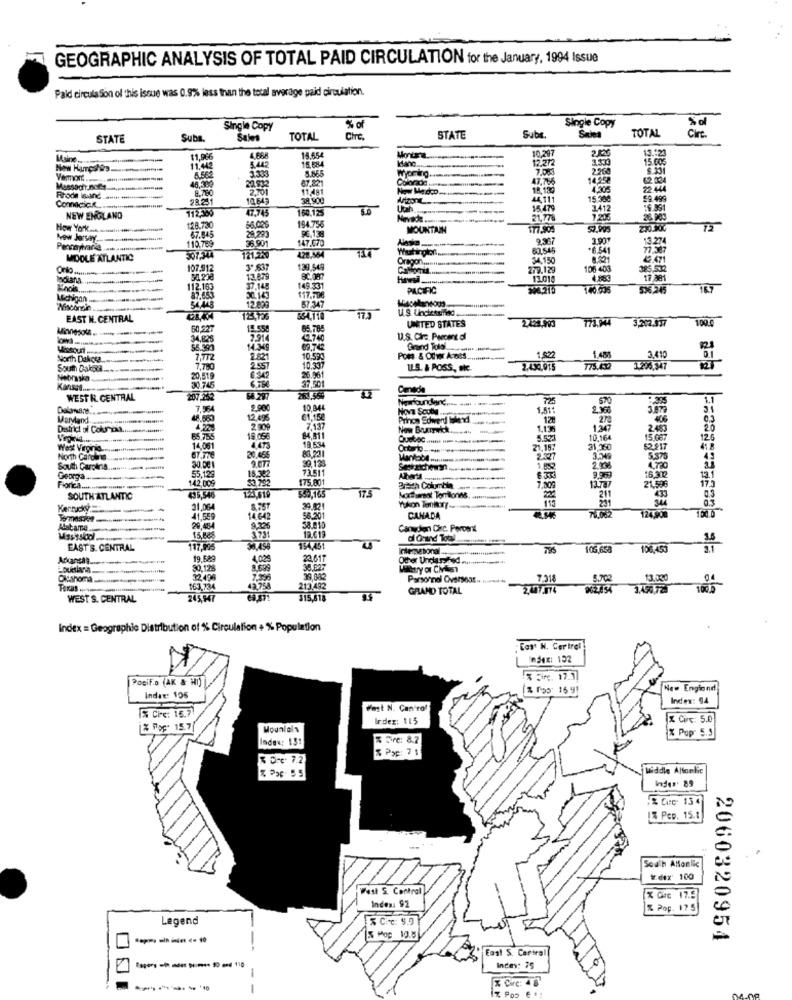
GEOGRAPHIC ANALYSIS OF TOTAL PAID CIRCULATION for the January, 1994 Issue
Paid circulation of this issue was 0.9% less than the total average paid circulation.
Single Copy
Single Copy
TOTAL
Circ
% ol
STATE
Suba.
Sales
TOTAL
Cire.
STATE
Sube.
Sales
10.297
2.420
19:2
Maine .....
-
15.454
12.212
New Heureshis
11.042
3.333
15.684
2.260
15.005
Vermont ...
47.786
14252
230
Massach Boet
8.780
2701
67.221
Now Medsp
18.130
4,305
22 444
28.251
10645
38.900
44 111
15 388
112,350
47,745
15 479
2412
19.891
NEW ENGLAND
150.125
21,778
How York ....
118.730
67.845
66,029
194.756
MOUNTAIN
Now Jarsany
36.901
29,293
147.070
96,138
9.367
3.901
13.274
119.789
63.545
*6 541
MIDDLE ATLANTIC
507,544
121,5220
428.364
34.150
2.471
107.912
3º837
129 549
279.129
106 403
Indiana
13.879
13.018
17,381
112.103
37.148
149 331
PACIFIC
53 245
Michigan
17,50
12.609
82 347
EAST N. CENTRAL
125 7336
554,116
17.
UNITED STATES
2229,993
773,944
3,202.937
109.0
50,227
65.785
34,825
2.914
2.740
U.S. Chra. Percent of
Miscount ..
14.349
1.72
Grand Told'
North Dakota
7,772
2.821
10.599
Poes & Otwor A:oss
1.92
1.45
3.410
South Dalque.
7,780
10.337
LE.S. & POSS, ske
2.43c.915
1206.347
Nebraska
20,519
1542
26.961
30.745
37.501
Cenade
WESTR. CENTRAL
107,82
Newfoundland .... ..!!
725
1.1
Delamare
7.954
2.900
10,84
1,51:
31
Maryand.
12,498
61,150
Prinon Sowerd lalead
120
27
406
District of Cokurzaa.
4 225
2000
7,137
Now Baxiwick.
1.135
1307
2483
20
65,755
19.05€
84,811
10,164
12.6
14,001
4.473
18 634
21,15:
31,360
52.217
North Cardie
20,465
39,125
2:07
5.375
South CarceriS .....
30.00 1
73.511
1.852
2000
4.770
Georgia ..
55,129
53.792
18.322
175.801
7.300
9.969
131
175
Fiorica .......... ....
142 009
175
Brich Columbia
13.787
211
21.596
SOUTH ATLANTIC
550,165
211
433
0.3
0.3
Kentucky
21.064
8,55T
39.921
Yukon Tonkort-
76.002
41,559
14.642
58.201
CANADA
124,908
Alabama ...
29.484
9,226
58.010
Canadian Chic. Percent
15,000
12.613
EAST'S. CENTRAL
117,476
154451
Intemetoral .....
105,658
106,453
Arkansas ....
19 BA
4025
23.617
Other UnclassAnd.
30,128
30.627
Oldahora
-
7.335
Personnel Overseas.
7.318
13.000
Texas ....
163,734
12 758
213.492
GRAND TOTAL
2.407.074
3.450,78J
WEST S. CENTRAL
245,947
315,818
Index = Geographic Distribution of % Circulation + % Population
East N. Cer tre!
Index: 152
Pacif.o (AK & HI)
ifc. 17.3
New England
Index: 105
Index: 94
5 Ci-c: 16.7
West N. Can'ral
Ir dez: 115
X Circ: 5.0
& Pop. 15.
Mounlais
Index: 131
Fire: 8.7
X Popr 5.5
& Dre. 7.2
Middle Altonlic
Inder. 89
& Pep. 15.8
South Allonlic
#dax' 100
92
X Gre 17.9
& Pop. 175
Legend
2060320954
East S. Cartral
------- 3- 110
Ince: 75
X Circ: 4 8
İZ POD E !!